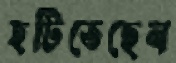
হটিতেছেন